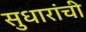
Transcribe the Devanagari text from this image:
सुधारांची